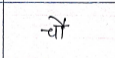
मजकूर: चौ